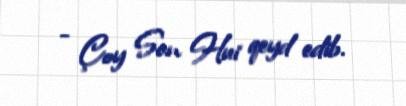
- Çoy Son Hui qeyd edib.